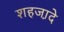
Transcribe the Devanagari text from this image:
शहजा़दे